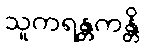
သူကရန္တကန္တိ